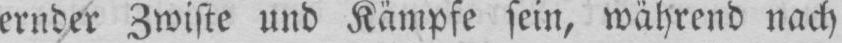
ernder Zwiste und Kämpfe sein, während nach